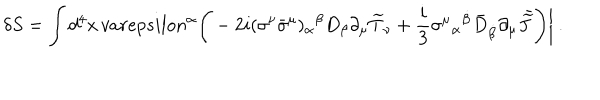
LaTeX: \delta S = \displaystyle \int d ^ { 4 } x \, v a r e p s i l o n ^ { \alpha } \displaystyle { \Biggl ( } - 2 i ( \sigma ^ { \nu } { \bar { \sigma } } ^ { \mu } ) _ { \alpha } { } ^ { \beta } D _ { \beta } \partial _ { \mu } { \widetilde T } _ { \nu } + \frac { i } { 3 } \sigma ^ { \mu } { } _ { \alpha } { } ^ { \dot { \beta } } { \bar { D } } _ { \dot { \beta } } \partial _ { \mu } { \kern . 3 5 e m \bar { \kern - . 3 5 e m { \widetilde J } } } \displaystyle { \Biggr ) } \displaystyle { \biggl \vert } \ .